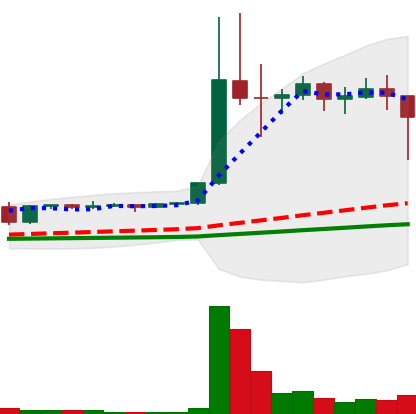
Ticker: DOGE-USD
Chart end date: 2021-01-11
Forward return: 4.867%
Label: up_3_5